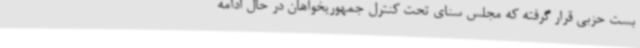
بست حزبی قرار گرفته که مجلس سنای تحت کنترل جمهوریخواهان در حال ادامه